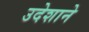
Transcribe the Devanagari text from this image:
उदेशाने